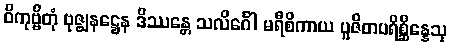
ဝိကုဗ္ဗိတုံ ဗုဇ္ဈနဋ္ဌေန ဒိဿန္တေ သလိင်္ဂေါ မရီစိကာယ ပူဇိတပရိစ္ဆိန္နေသု